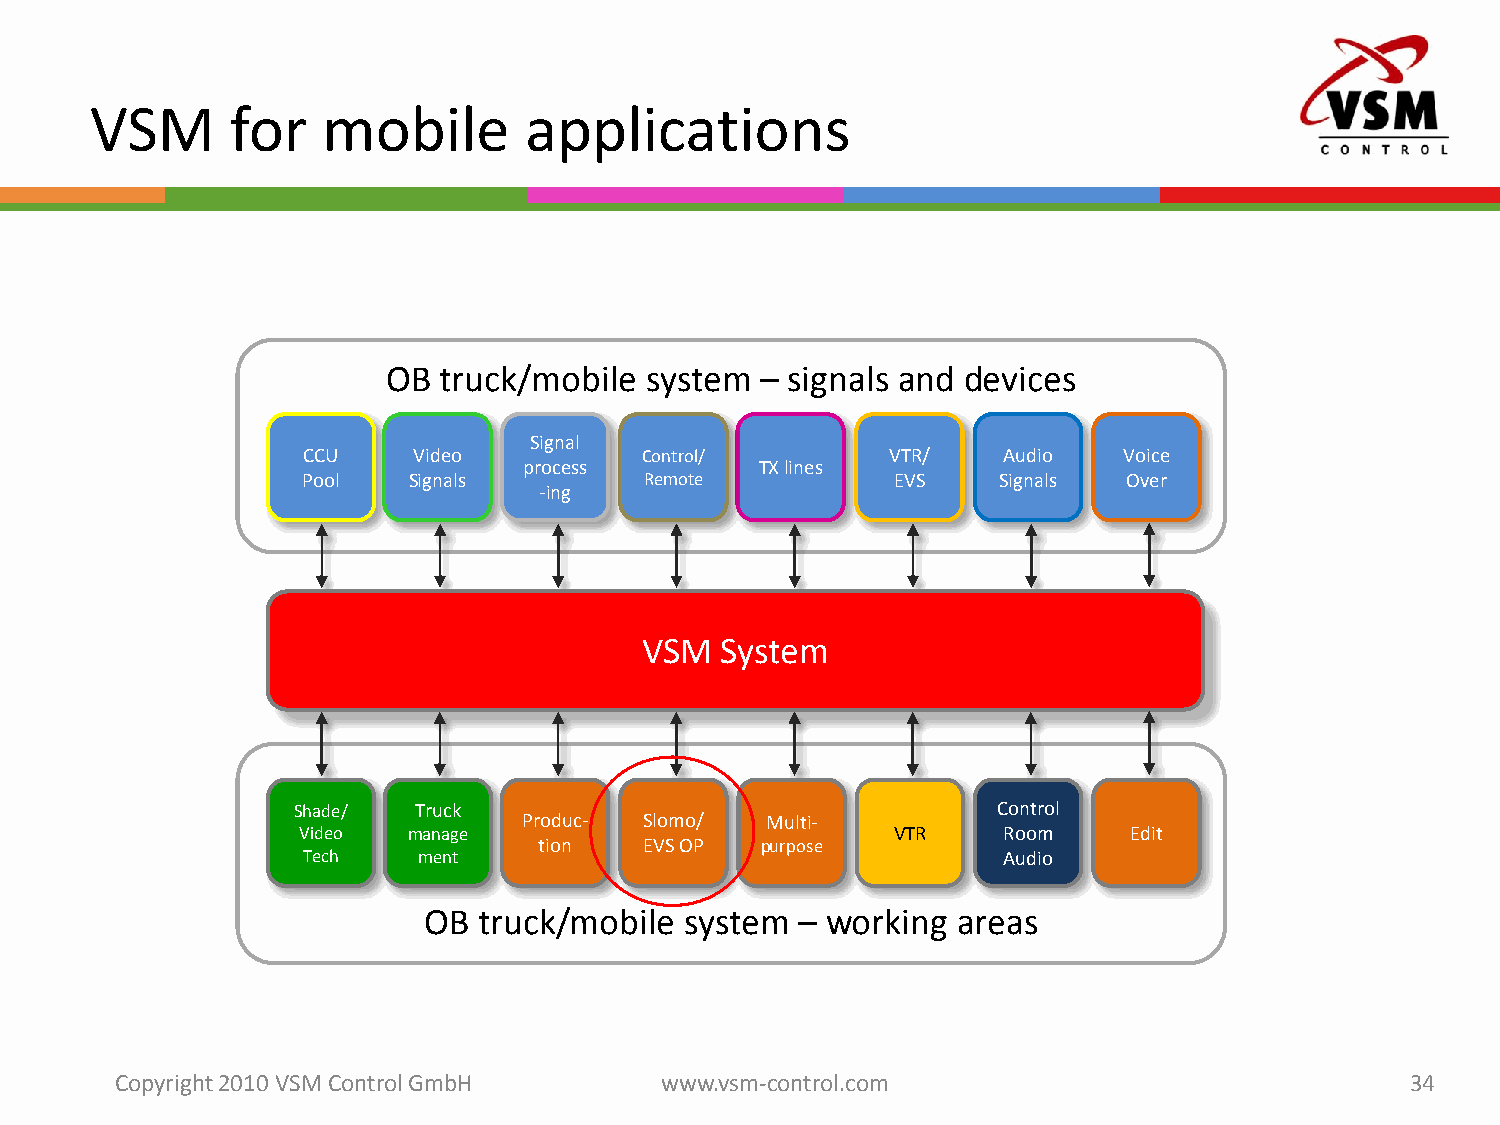
VSM      for   mobile        applications
 OB truck/mobile  system – signals and devices
 Signal
 CCU    Video          Control/         VTR/   Audio   Voice
 process        TX lines
 Pool   Signals         Remote          EVS    Signals  Over
 -ing
 VSM   System
 Shade/  Truck                                  Control
 Produc- Slomo/  Multi-
 Video  manage                          VTR    Room     Edit
 tion   EVS OP purpose
 Tech    ment                                  Audio
 OB  truck/mobile system  – working areas
 Copyright 2010 VSM ControlGmbH      www.vsm-control.com                              34